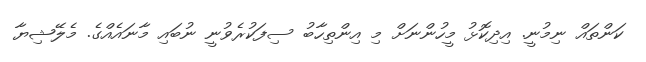
ކަންތައް ނިމުނީ. އިދިކޮޅު މީހުންނަށް މި އިންތިހާބު ސިފަކުރެވުނީ ނުބައި މާނައެއްގެ. މެލޭޝިޔާ